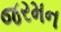
જરમન